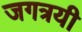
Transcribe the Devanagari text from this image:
जगत्रयी